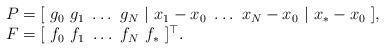
\begin{align*}\begin{array}{l}P=[\ g_0 \ g_1 \ \hdots \ g_N \ | \ x_1-x_0 \ \hdots \ x_N-x_0 \ | \ x_*-x_0\ ], \\F=[\ f_0 \ f_1 \ \hdots \ f_N \ f_* \ ]^\top.\end{array}\end{align*}